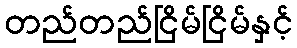
တည်တည်ငြိမ်ငြိမ်နှင့်